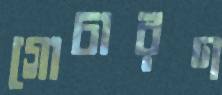
গোচারণ